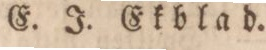
E. J. Ekblad.